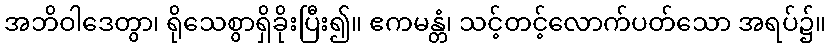
အဘိဝါဒေတွာ၊ ရိုသေစွာရှိခိုးပြီး၍။ ဧကမန္တံ၊ သင့်တင့်လောက်ပတ်သော အရပ်၌။